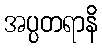
အပ္ပတရာနိ